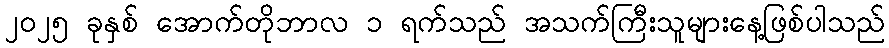
၂၀၂၅ ခုနှစ် အောက်တိုဘာလ ၁ ရက်သည် အသက်ကြီးသူများနေ့ဖြစ်ပါသည်